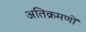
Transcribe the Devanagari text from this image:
अतिक्रमणों